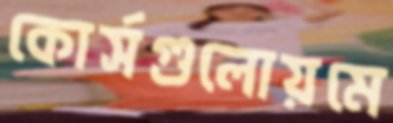
কোর্সগুলোয়মে